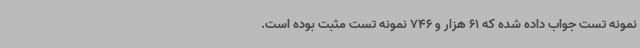
نمونه تست جواب داده شده که 61 هزار و 746 نمونه تست مثبت بوده است.